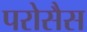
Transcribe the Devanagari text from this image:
परोसैस